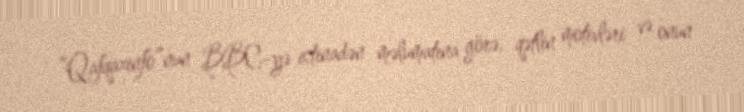
“Qafqazinfo”nun BBC-yə istinadən məlumatına görə, qətlin motivləri və onun